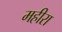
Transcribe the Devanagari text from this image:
महीरा